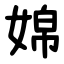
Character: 婂